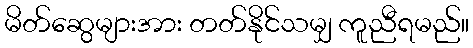
မိတ်ဆွေများအား တတ်နိုင်သမျှ ကူညီရမည်။